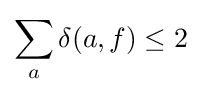
\sum _{a}\delta (a,f)\leq 2